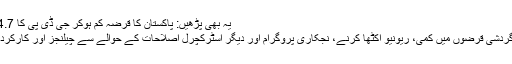
یہ بھی پڑھیں: پاکستان کا قرضہ کم ہوکر جی ڈی پی کا 84.7 فیصد ہوگیا، آئی ایم ایف
ان ملاقاتوں میں بحث میں گردشی قرضوں میں کمی، ریونیو اکٹھا کرنے، نجکاری پروگرام اور دیگر اسٹرکچرل اصلاحات کے حوالے سے چیلنجز اور کارکردگی پر توجہ دی جائے گی۔